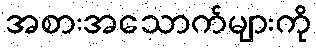
အစားအသောက်များကို